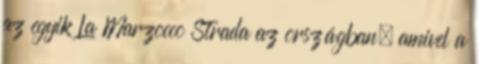
az egyik La Marzocco Strada az országban, amivel a